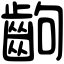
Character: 齣